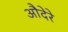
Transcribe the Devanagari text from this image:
औदेरे